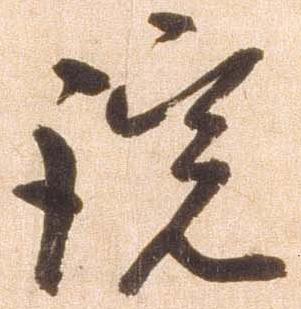
説